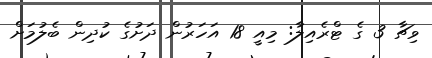
ވިޗާ 3 ގެ ޓްރެއިލާ: މިއީ 18 އަހަރުން ދަށުގެ ކުދިން ބެލުމަށް